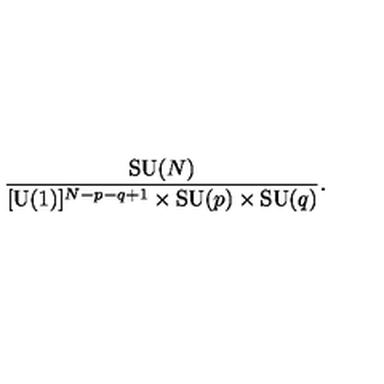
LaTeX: { \frac { \mathrm { S U } ( N ) } { [ \mathrm { U } ( 1 ) ] ^ { N - p - q + 1 } \times \mathrm { S U } ( p ) \times \mathrm { S U } ( q ) } } .